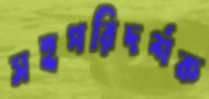
সহপরিদর্শক